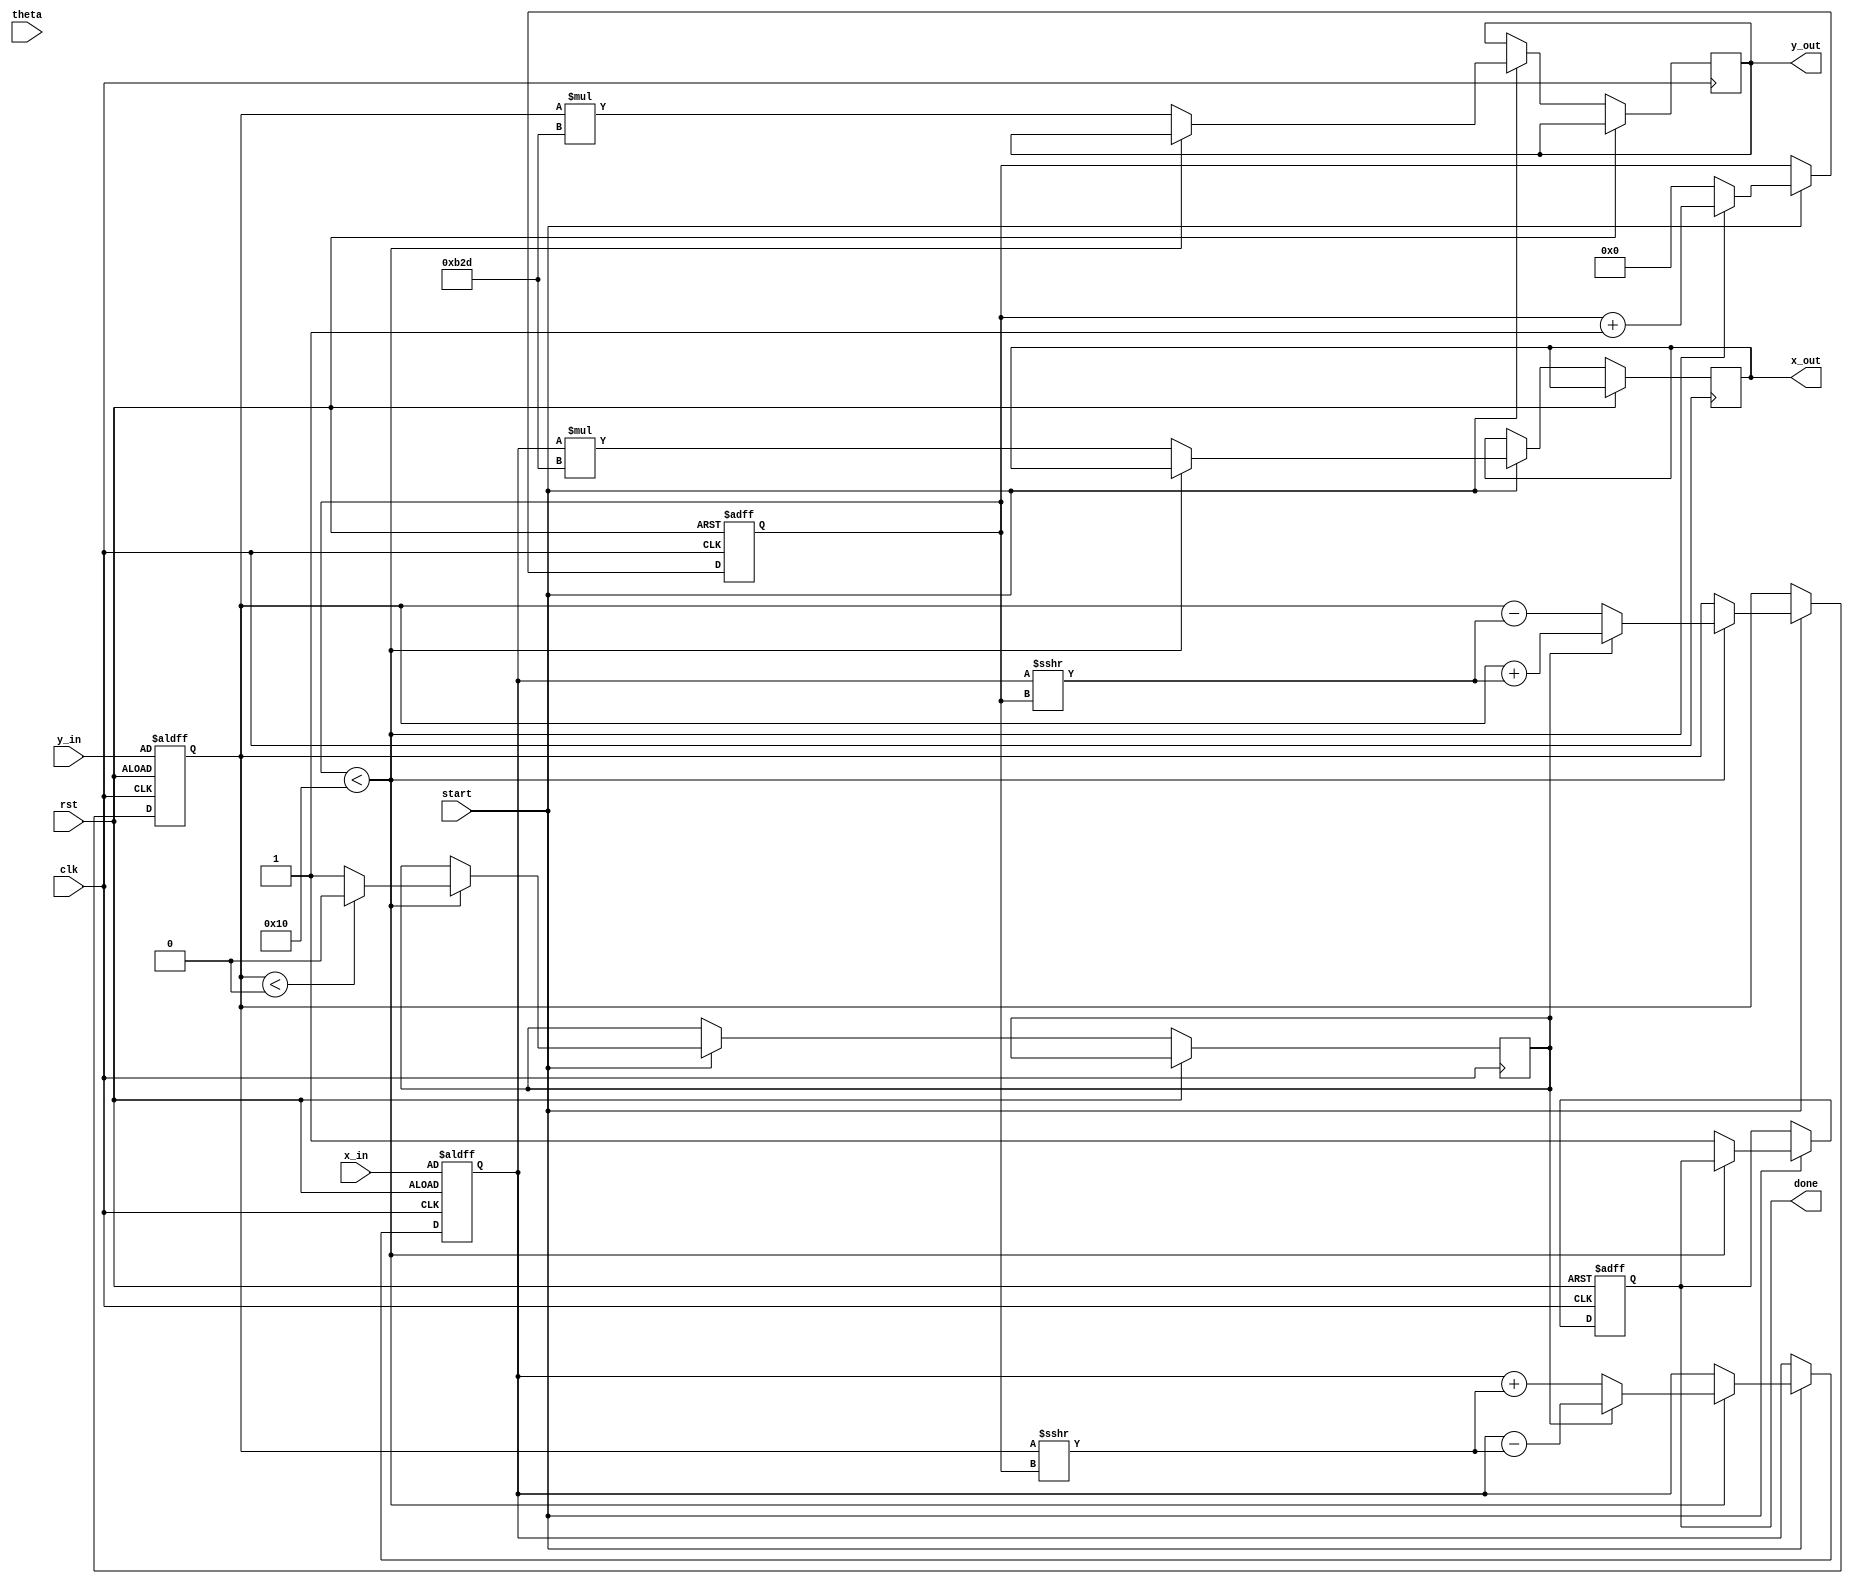
module Modified_CORDIC (
    input wire clk,
    input wire rst,
    input wire [15:0] theta, // Angle input (in fixed-point)
    input wire [15:0] x_in,   // Initial X vector
    input wire [15:0] y_in,   // Initial Y vector
    input wire start,         // Start signal
    output reg [15:0] x_out,  // Final X output
    output reg [15:0] y_out,  // Final Y output
    output reg done           // Done signal
);

    // Define parameters
    parameter NUM_ITERATIONS = 16; // Number of CORDIC iterations
    parameter K = 16'hB2D; // Scaling factor (K = 0.607...)

    // Rotation table (atan values in fixed-point)
    reg [15:0] atan_table [0:NUM_ITERATIONS-1];
    
    initial begin
        // Populate atan_table with precomputed atan values
        atan_table[0] = 16'h26B3; // atan(2^0)
        atan_table[1] = 16'h14D5; // atan(2^-1)
        atan_table[2] = 16'h0A9C; // atan(2^-2)
        atan_table[3] = 16'h052F; // atan(2^-3)
        // Continue filling in values as needed...
        // ...
    end

    reg [15:0] x_reg, y_reg;
    reg [3:0] iteration_count;
    reg direction; // 1 for addition, 0 for subtraction

    // State machine for CORDIC operation
    always @(posedge clk or posedge rst) begin
        if (rst) begin
            x_reg <= x_in;
            y_reg <= y_in;
            iteration_count <= 0;
            done <= 0;
        end else if (start) begin
            if (iteration_count < NUM_ITERATIONS) begin
                // Determine direction based on theta and current y_reg
                if (y_reg < 0) begin
                    direction <= 0; // Subtract
                end else begin
                    direction <= 1; // Add
                end

                // Perform rotation
                if (direction) begin
                    x_reg <= x_reg - (y_reg >>> iteration_count);
                    y_reg <= y_reg + (x_reg >>> iteration_count);
                end else begin
                    x_reg <= x_reg + (y_reg >>> iteration_count);
                    y_reg <= y_reg - (x_reg >>> iteration_count);
                end

                // Increment iteration count
                iteration_count <= iteration_count + 1;
            end else begin
                // Final output after all iterations
                x_out <= x_reg * K; // Scale the result
                y_out <= y_reg * K;
                done <= 1; // Indicate completion
                iteration_count <= 0; // Reset for next operation
            end
        end
    end

endmodule